Problem: 62 + 67 = ?
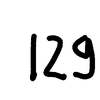
Handwritten answer: 129